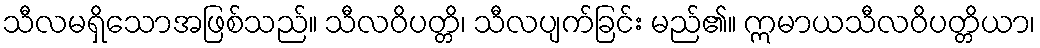
သီလမရှိသောအဖြစ်သည်။ သီလဝိပတ္တိ၊ သီလပျက်ခြင်း မည်၏။ ဣမာယသီလဝိပတ္တိယာ၊